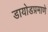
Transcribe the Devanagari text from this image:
डायोडप्रमाणे